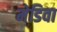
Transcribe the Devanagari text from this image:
मेडिवा